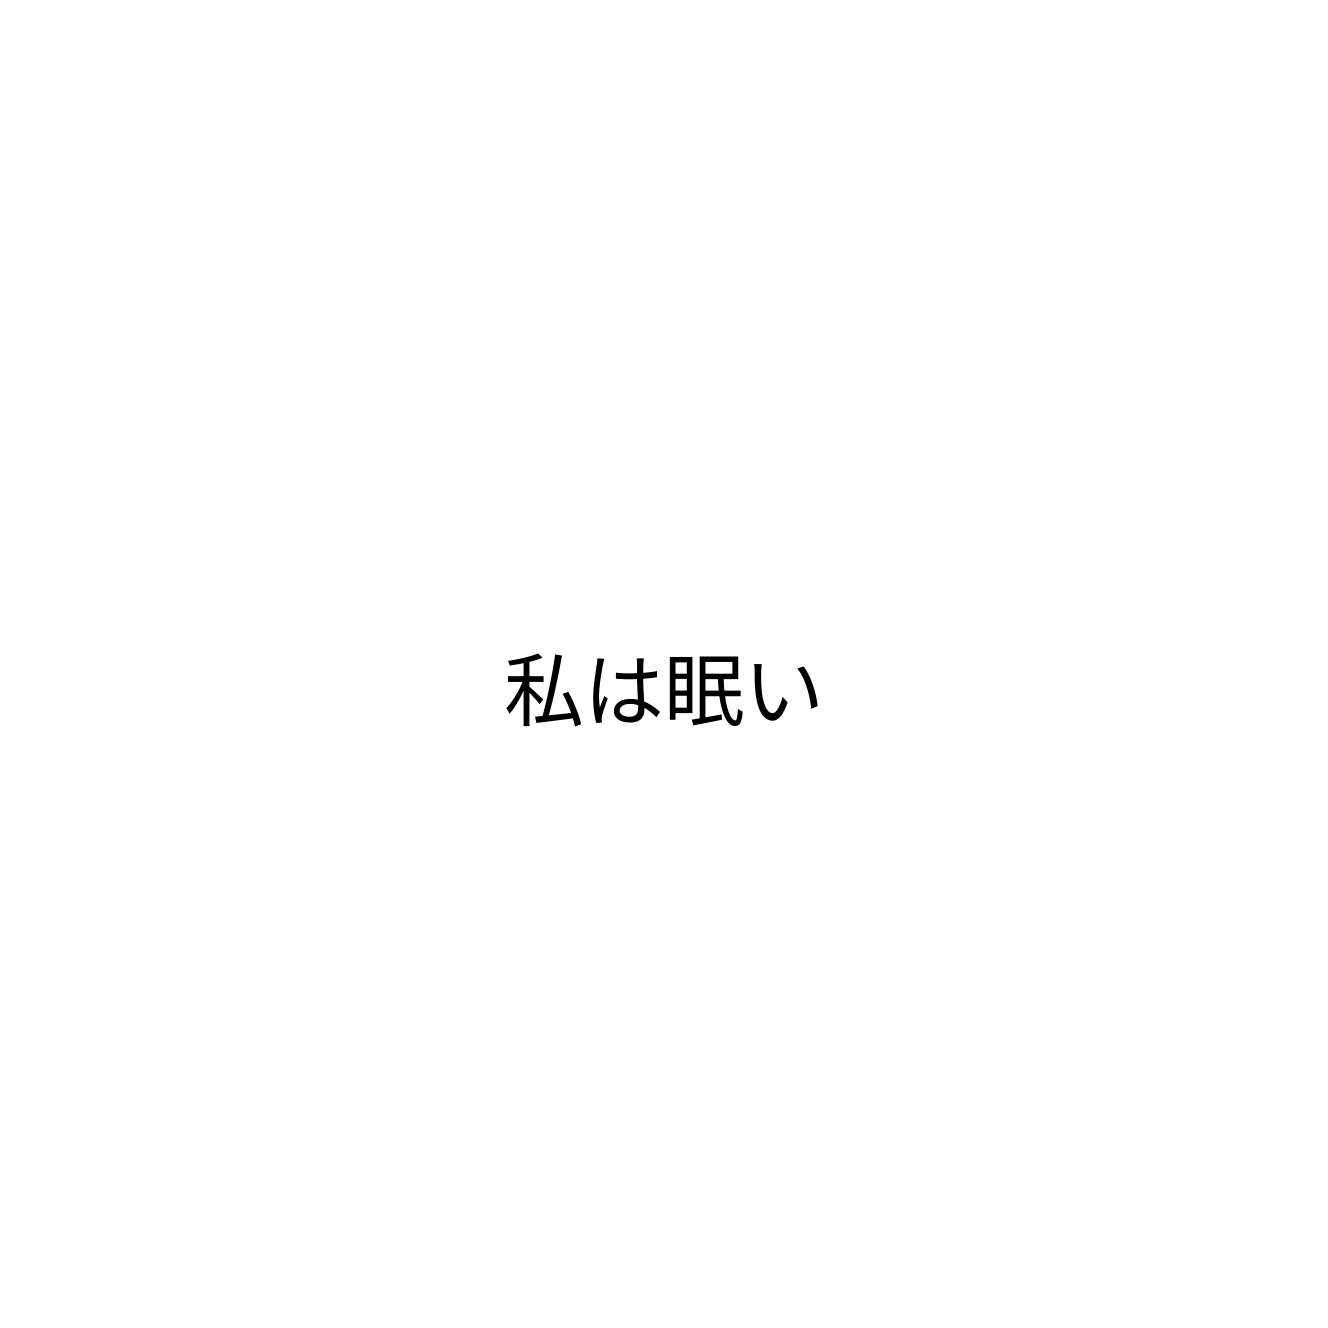
私は眠い